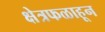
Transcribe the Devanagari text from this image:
क्षेत्रफळाहून